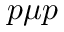
p \mu p